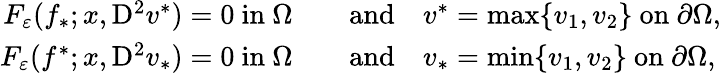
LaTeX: \begin{array}{rl}{F_{\varepsilon}(f_{*};x,\mathrm{D}^{2}v^{*})=0\mathrm{~in~}\Omega\quad}&{\mathrm{and}\quad v^{*}=\operatorname*{max}\{ v_{1},v_{2}\} \mathrm{~on~}\partial\Omega,}\\ {F_{\varepsilon}(f^{*};x,\mathrm{D}^{2}v_{*})=0\mathrm{~in~}\Omega\quad}&{\mathrm{and}\quad v_{*}=\operatorname*{min}\{ v_{1},v_{2}\} \mathrm{~on~}\partial\Omega,}\end{array}